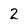
Character: 2